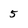
Character: 5